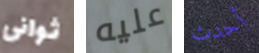
ثوانى عليه أحدث